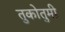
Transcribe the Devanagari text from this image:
तुकोतुमी